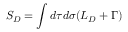
S _ { D } = \int d \tau d \sigma ( { \cal L } _ { D } + \Gamma )